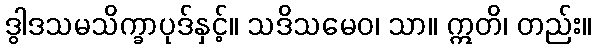
ဒွါဒသမသိက္ခာပုဒ်နှင့်။ သဒိသမေဝ၊ သာ။ ဣတိ၊ တည်း။